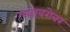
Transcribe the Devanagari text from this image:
गव्हाबरोबर